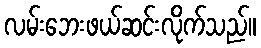
လမ်းဘေးဖယ်ဆင်းလိုက်သည်။